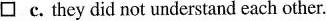
\square c. they did not understand each other.